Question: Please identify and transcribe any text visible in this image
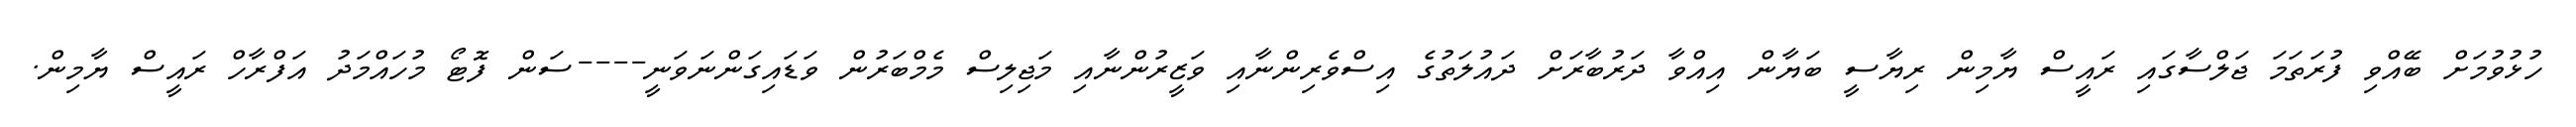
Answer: ހުޅުވުމަށް ބޭއްވި ފުރަތަމަ ޖަލްސާގައި ރައީސް ޔާމިން ރިޔާސީ ބަޔާން އިއްވާ ދަރުބާރަށް ދައުލަތުގެ އިސްވެރިންނާއި ވަޒީރުންނާއި މަޖިލިސް މެމްބަރުން ވަޑައިގަންނަވަނީ----ސަން ފޮޓޯ މުހައްމަދު އަފްރާހް ރައީސް ޔާމިން.